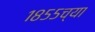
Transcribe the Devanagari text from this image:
१८५५च्या